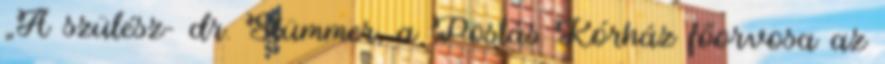
„A szülész- dr. Stümmer, a Postás Kórház főorvosa az